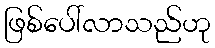
ဖြစ်ပေါ်လာသည်ဟု